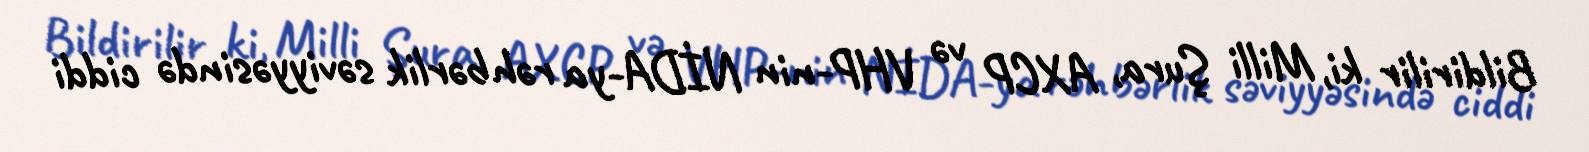
Bildirilir ki, Milli Şura, AXCP və VHP-nin NİDA-ya rəhbərlik səviyyəsində ciddi